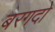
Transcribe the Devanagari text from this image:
बरगदो